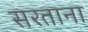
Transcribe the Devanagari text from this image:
सरताना